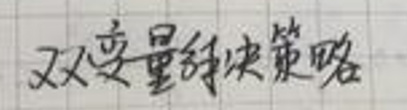
双变量决策策略